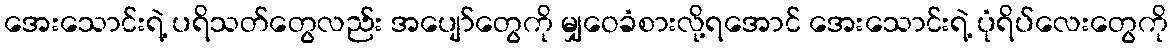
အေးသောင်းရဲ့ ပရိသတ်တွေလည်း အပျော်တွေကို မျှဝေခံစားလို့ရအောင် အေးသောင်းရဲ့ ပုံရိပ်လေးတွေကို